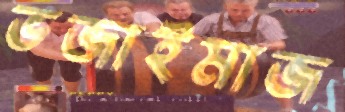
ভজাইমাজ